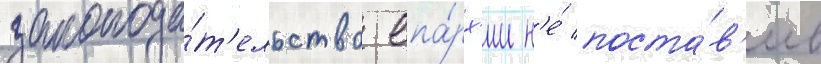
законода́т'ельство епа́рх'ии н'е́ поста́в'ив